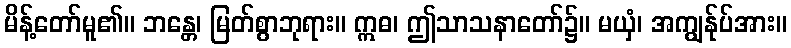
မိန့်တော်မူ၏။ ဘန္တေ၊ မြတ်စွာဘုရား။ ဣဓ၊ ဤသာသနာတော်၌။ မယှံ၊ အကျွန်ုပ်အား။